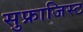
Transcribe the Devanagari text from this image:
सुफ्राजिस्ट